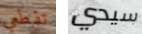
تقطعي سيدي